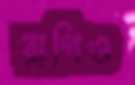
রাগিও